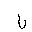
Letter: _lam